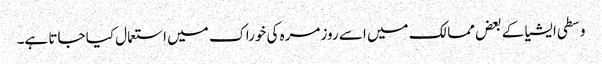
وسطی ایشیا کے بعض ممالک میں اسے روزمرہ کی خوراک میں استعمال کیا جاتا ہے۔